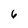
Character: 6